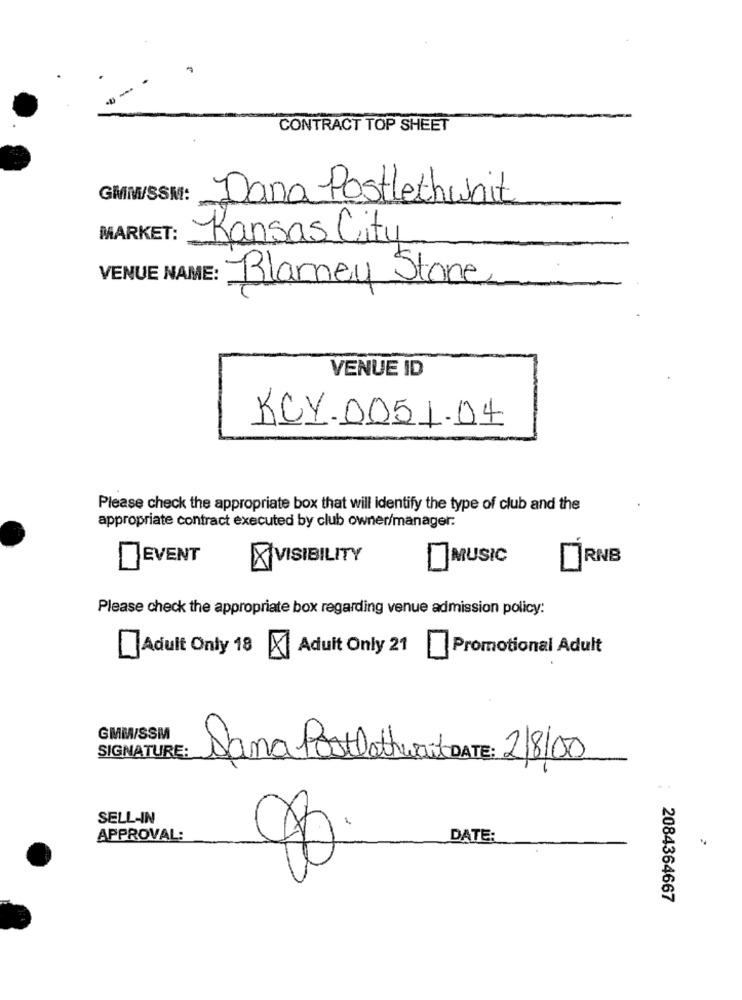
CONTRACT TOP SHEET
GMMW/SSM:
Dana Postlethwait
MARKET:
Kansas City
VENUE NAME:
Blarney Stone
VENUE ID
KCY.DO51.04
Please check the appropriate box that will identify the type of club and the
appropriate contract executed by club owner/manager:
EVENT
VISIBILITY
MUSIC
RNB
Please check the appropriate box regarding venue admission policy:
Adult Only 21
Promotional Adult
[]Adult Only 18 A
GMM/SSM
SIGNATURE:
Jana Postlathwarts DATE: 2/8/00
SELL-IN
APPROVAL:
DATE:
2084364667